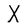
Character: X